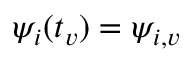
\psi _ { i } ( t _ { v } ) = \psi _ { i , v }